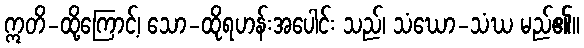
ဣတိ-ထို့ကြောင့်၊ သော-ထိုရဟန်းအပေါင်း သည်၊ သံဃော-သံဃ မည်၏။